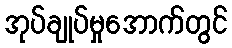
အုပ်ချုပ်မှုအောက်တွင်